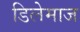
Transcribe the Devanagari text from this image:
डिलेमाज